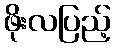
ဖိုးလပြည့်